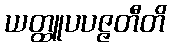
ယတ္ထူပပဇ္ဇတီတိ